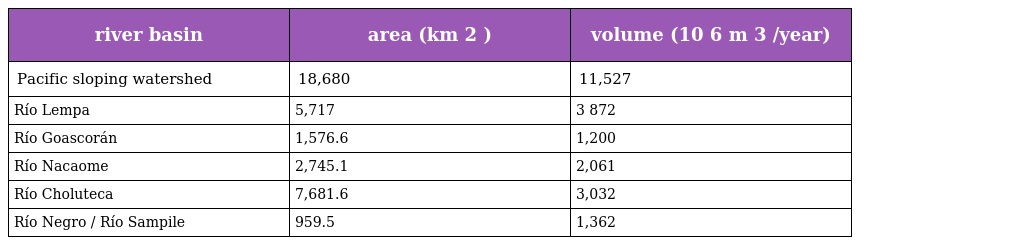
| river basin | area (km 2 ) | volume (10 6 m 3 /year) |
 | --- | --- | --- |
 | Pacific sloping watershed | 18,680 | 11,527 |
 | Río Lempa | 5,717 | 3 872 |
 | Río Goascorán | 1,576.6 | 1,200 |
 | Río Nacaome | 2,745.1 | 2,061 |
 | Río Choluteca | 7,681.6 | 3,032 |
 | Río Negro / Río Sampile | 959.5 | 1,362 |